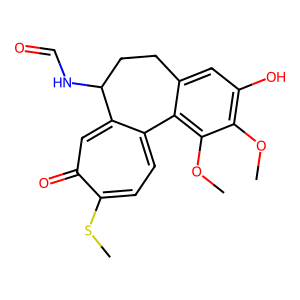
SMILES: COc1c(O)cc2c(c1OC)-c1ccc(SC)c(=O)cc1C(NC=O)CC2
Inhibits HIV replication: No